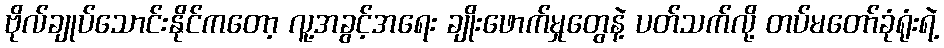
ဗိုလ်ချုပ်သောင်းနိုင်ကတော့ လူ့အခွင့်အရေး ချိုးဖောက်မှုတွေနဲ့ ပတ်သက်လို့ တပ်မတော်ခုံရုံးရဲ့